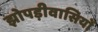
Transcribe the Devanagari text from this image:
झोपड़ीवासियों